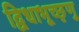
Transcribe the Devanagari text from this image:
द्विधाभूच्छृणु